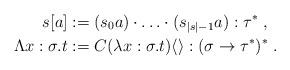
LaTeX: \begin{align*}s[a] & := (s_0a)\cdot \ldots \cdot(s_{|s|-1}a) : \tau^*\;, \\\Lambda x:\sigma.t & := C(\lambda x:\sigma.t)\langle\rangle : (\sigma \to \tau^*)^*\;.\end{align*}